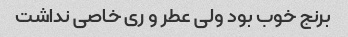
برنج خوب بود ولی عطر و ری خاصی نداشت